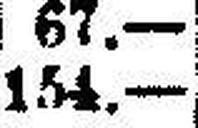
154.—